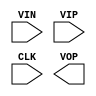
// dcdcInst: AUX CELL DCDC_COMP
(* keep *)
(* keep_hierarchy *)
(* blackbox *) module DCDC_COMP(
  input VIN,
  input VIP,
  input CLK,
  output VOP
);
parameter dont_touch = "on";
endmodule

// dcdc_config
(* keep *)
(* keep_hierarchy *)
(* blackbox *) module dcdc_config(
  input  [5:0] a,
  output [11:0] s
);
parameter dont_touch = "on";
endmodule

// six_stage_conv
(* keep *)
(* keep_hierarchy *)
(* blackbox *) module six_stage_conv (
  output VOUT,
	input [5:0] SEL_H, SEL_L,
  input clk0, clk0b, clk1, clk1b
);
parameter dont_touch = "on";
endmodule

// DCDC_DAC
(* keep *)
(* keep_hierarchy *)
(* blackbox *) module DCDC_DAC(
  input D0, D1, D2, D3, D4, D5,
  input RST,
  output VOUT
);
parameter dont_touch = "on";
endmodule


// NON_CLK_GEN
(* keep *)
(* keep_hierarchy *)
(* blackbox *) module NON_CLK_GEN(
  input clk,
  input clk_in,
  input rst_n,
  input control,
  output clk0, clk0b, clk1, clk1b
);
parameter dont_touch = "on";
endmodule

// NOISE_INJECTION
(* keep *)
(* keep_hierarchy *)
(* blackbox *) module NOISE_INJECTION(
  input [3:0] D,
  input Noise_in,
  output bias_out
);
parameter dont_touch = "on";
endmodule

// DCDC_CLKGATE
(* keep *)
(* keep_hierarchy *)
(* blackbox *) module DCDC_CLKGATE(
		input CLK,
		input GATE,
		output GCLK
);
parameter dont_touch = "on";
endmodule

// DCDC_FF
(* keep *)
(* keep_hierarchy *)
(* blackbox *) module DCDC_FF(
		input CLK,
		input D,
		output Q
);
parameter dont_touch = "on";
endmodule

// DCDC_INVERTER
(* keep *)
(* keep_hierarchy *)
(* blackbox *) module DCDC_INVERTER(
		input A,
		output Y
);
parameter dont_touch = "on";
endmodule